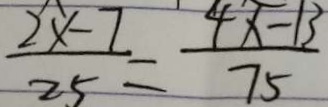
\frac { 2 x - 7 } { 2 5 } = \frac { 4 x - 1 3 } { 7 5 }